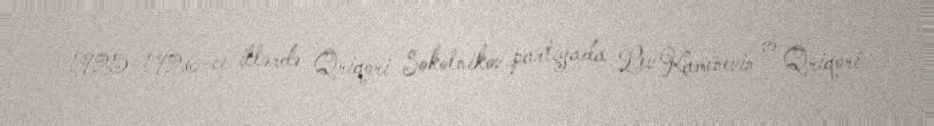
1925-1926-cı illərdə Qriqori Sokolnikov partiyada Lev Kamenevin və Qriqori